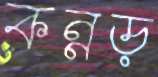
কন্নড়